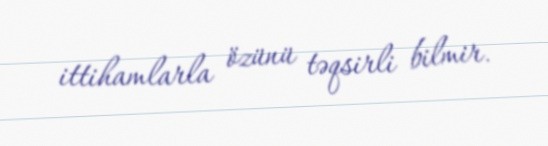
ittihamlarla özünü təqsirli bilmir.